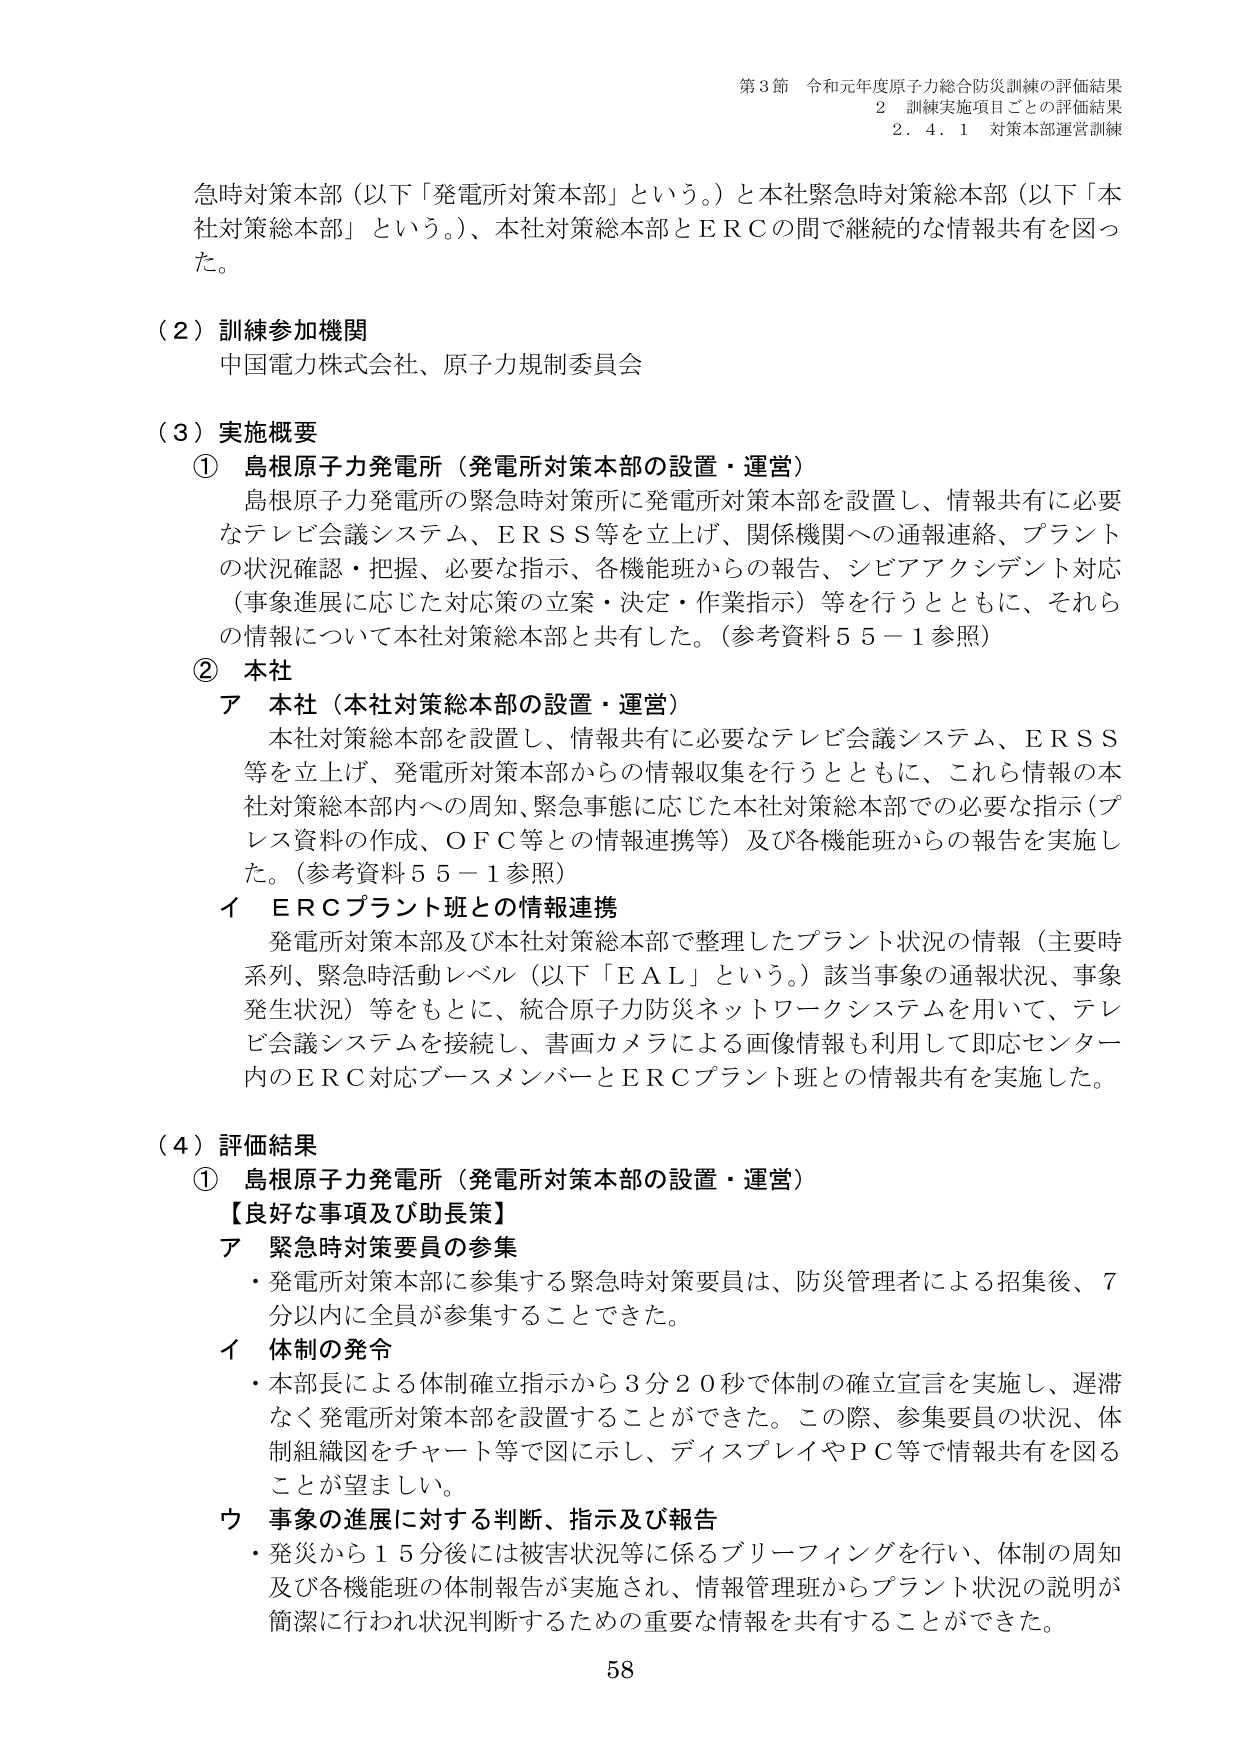
第3節 令和元年度原子力総合防災訓練の評価結果
2 訓練実施項目ごとの評価結果
2.4.1 対策本部運営訓練

急時対策本部（以下「発電所対策本部」という。）と本社緊急時対策総本部（以下「本社対策総本部」という。）、本社対策総本部とERCの間で継続的な情報共有を図った。

（2）訓練参加機関
中国電力株式会社、原子力規制委員会

（3）実施概要
① 島根原子力発電所（発電所対策本部の設置・運営）
島根原子力発電所の緊急時対策所に発電所対策本部を設置し、情報共有に必要なテレビ会議システム、ERSS等を立上げ、関係機関への通報連絡、プラントの状況確認・把握、必要な指示、各機能班からの報告、シビアアクシデント対応（事象進展に応じた対応策の立案・決定・作業指示）等を行うとともに、それらの情報について本社対策総本部と共有した。（参考資料55－1参照）

② 本社
ア 本社（本社対策総本部の設置・運営）
本社対策総本部を設置し、情報共有に必要なテレビ会議システム、ERSS等を立上げ、発電所対策本部からの情報収集を行うとともに、これら情報の本社対策総本部内への周知、緊急事態に応じた本社対策総本部での必要な指示（プレス資料の作成、OFC等との情報連携等）及び各機能班からの報告を実施した。（参考資料55－1参照）

イ ERCプラント班との情報連携
発電所対策本部及び本社対策総本部で整理したプラント状況の情報（主要時系列、緊急時活動レベル（以下「EAL」という。）該当事象の通報状況、事象発生状況）等をもとに、統合原子力防災ネットワークシステムを用いて、テレビ会議システムを接続し、書画カメラによる画像情報も利用して即応センター内のERC対応ブースメンバーとERCプラント班との情報共有を実施した。

（4）評価結果
① 島根原子力発電所（発電所対策本部の設置・運営）
【良好な事項及び助長策】
ア 緊急時対策要員の参集
・発電所対策本部に参集する緊急時対策要員は、防災管理者による招集後、7分以内に全員が参集することができた。

イ 体制の発令
・本部長による体制確立指示から3分20秒で体制の確立宣言を実施し、遅滞なく発電所対策本部を設置することができた。この際、参集要員の状況、体制組織図をチャート等で図に示し、ディスプレイやPC等で情報共有を図ることが望ましい。

ウ 事象の進展に対する判断、指示及び報告
・発災から15分後には被害状況等に係るブリーフィングを行い、体制の周知及び各機能班の体制報告が実施され、情報管理班からプラント状況の説明が簡潔に行われ状況判断するための重要な情報を共有することができた。

58